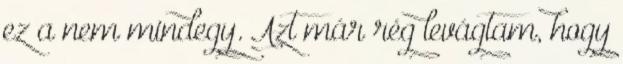
ez a nem mindegy. Azt már rég levágtam, hogy